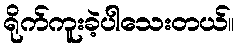
ရိုက်ကူးခဲ့ပါသေးတယ်။